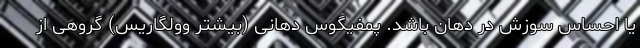
یا احساس سوزش در دهان باشد. پمفیگوس دهانی (بیشتر وولگاریس) گروهی از